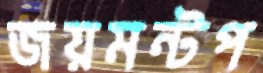
জয়মন্টপ